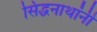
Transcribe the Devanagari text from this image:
सिद्धनाथांनी